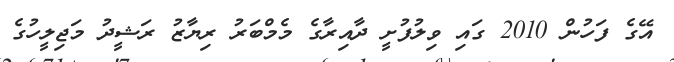
އޭގެ ފަހުން 2010 ގައި ވިލުފުށީ ދާއިރާގެ މެމްބަރު ރިޔާޒު ރަޝީދު މަޖިލީހުގެ